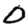
Digit: 0